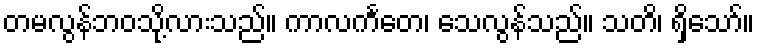
တမလွန်ဘဝသို့လားသည်။ ကာလင်္ကတေ၊ သေလွန်သည်။ သတိ၊ ရှိသော်။